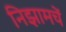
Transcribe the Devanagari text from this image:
निझामचें